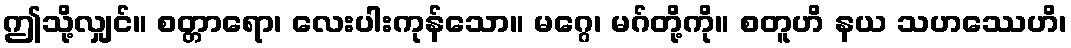
ဤသို့လျှင်။ စတ္တာရော၊ လေးပါးကုန်သော။ မဂ္ဂေ၊ မဂ်တို့ကို။ စတူဟိ နယ သဟဿေဟိ၊